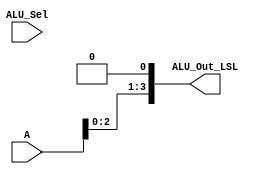
module LSL(output [3:0] ALU_Out_LSL,input [3:0] A,input [3:0] ALU_Sel);
assign ALU_Out_LSL = A<<1; 
endmodule